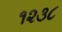
૧૨૩૮